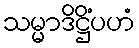
သမ္မာဒိဋ္ဌိံပဟံ